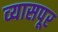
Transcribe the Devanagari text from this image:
व्यासपूर